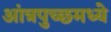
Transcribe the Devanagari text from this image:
आंत्रपुच्छमध्ये